Scottish Leaving Certificate Examination, 1960
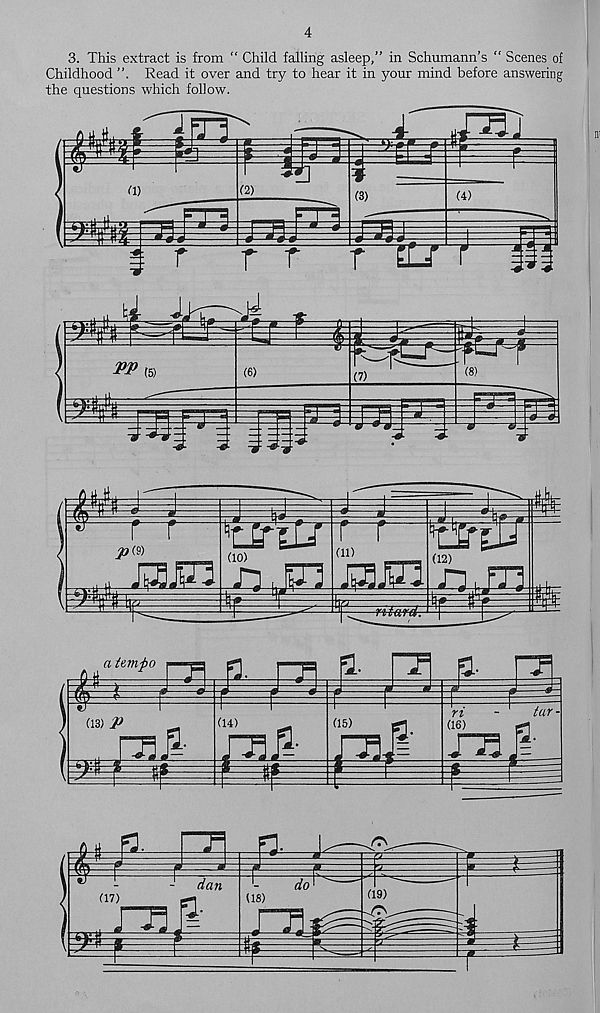
4
3. This extract is from “ Child falling asleep,” in Schumann’s “ Scenes of
Childhood
Read it over and try to hear it in your mind before answering
the questions which follow.